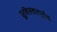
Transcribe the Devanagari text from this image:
सुविस्तारपूर्वक